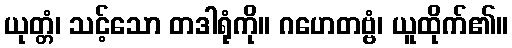
ယုတ္တံ၊ သင့်သော တဒါရုံကို။ ဂဟေတဗ္ဗံ၊ ယူထိုက်၏။